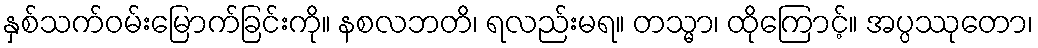
နှစ်သက်ဝမ်းမြောက်ခြင်းကို။ နစလဘတိ၊ ရလည်းမရ။ တသ္မာ၊ ထိုကြောင့်။ အပ္ပဿုတော၊